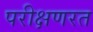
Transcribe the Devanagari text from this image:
परीक्षणरत